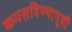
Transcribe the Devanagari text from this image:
कमसविण्यापूर्वी